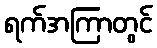
ရက်အကြာတွင်